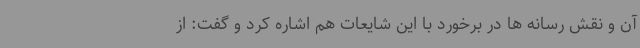
آن و نقش رسانه ها در برخورد با این شایعات هم اشاره کرد و گفت: از